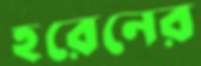
হরেনের